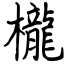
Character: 櫳